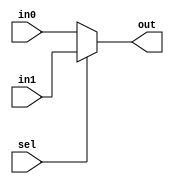
module   mux2to1_cond(    out,
                          in0,
                          in1,
                          sel);
                        
output           out              ;

input            in0              ;
input            in1              ;
input            sel              ;                        
                      
assign  out = (sel)? in1 : in0    ;

endmodule